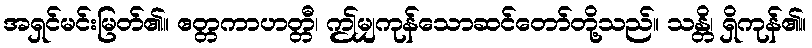
အရှင်မင်းမြတ်၏။ ဧတ္တကာဟတ္တီ၊ ဤမျှကုန်သောဆင်တော်တို့သည်။ သန္တိ၊ ရှိကုန်၏။